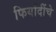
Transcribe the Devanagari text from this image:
फिर्यादींचे